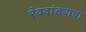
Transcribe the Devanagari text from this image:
रेवदांड्याचा